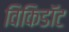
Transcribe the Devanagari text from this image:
विकिडॉट